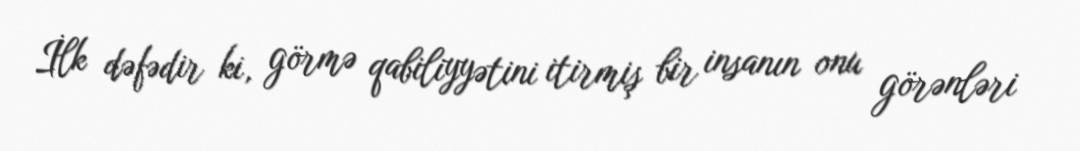
İlk dəfədir ki, görmə qabiliyyətini itirmiş bir insanın onu görənləri